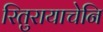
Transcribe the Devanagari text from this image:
रितुरायाचेनि